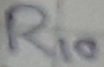
Text: R10